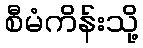
စီမံကိန်းသို့